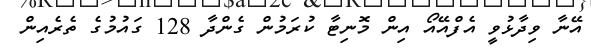
އޭނާ ވިދާޅުވީ އެފްއޭއޯ އިން މޮނިޓާ ކުރަމުން ގެންދާ 128 ގައުމުގެ ތެރެއިން